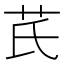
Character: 芪